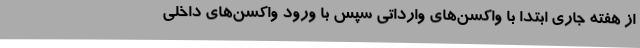
از هفته جاری ابتدا با واکسن‌های وارداتی سپس با ورود واکسن‌های داخلی